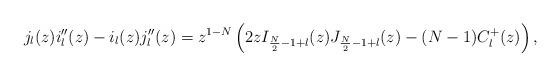
LaTeX: \begin{align*}j_l(z)i_l''(z)-i_l(z)j_l''(z)=z^{1-N}\left(2zI_{\frac{N}{2}-1+l}(z)J_{\frac{N}{2}-1+l}(z)-(N-1)C_l^+(z)\right),\end{align*}